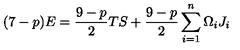
( 7 - p ) E = \frac { 9 - p } { 2 } T S + \frac { 9 - p } { 2 } \sum _ { i = 1 } ^ { n } \Omega _ { i } J _ { i }